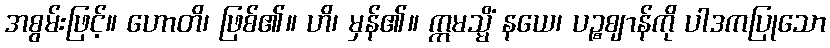
အစွမ်းဖြင့်။ ဟောတိ၊ ဖြစ်၏။ ဟိ၊ မှန်၏။ ဣမသ္မိံ နယေ၊ ပဉ္စဈာန်ကို ပါဒကပြုသော